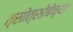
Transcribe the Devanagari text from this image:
त्सोत्सोबेच्या